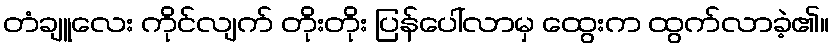
တံချူလေး ကိုင်လျက် တိုးတိုး ပြန်ပေါ်လာမှ ထွေးက ထွက်လာခဲ့၏။